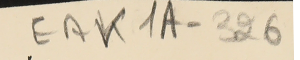
EAK1A - 326